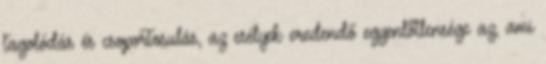
tagolódás és csoportosulás, az esélyek eredendő egyenlőtlensége az, ami